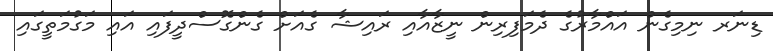
ޑިނަރ ނިމިގެން އައްމާރުގެ ދެމަފިރިން ނީޒާއާއި ރައިޝާ ގެއަށް ގެންގޮސްދީފައި އައި މަގުމަތީގައި